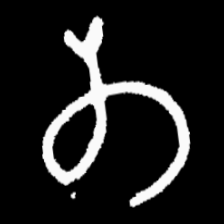
Pyu character \u2014 Myanmar letter: တ (romanized: ta)